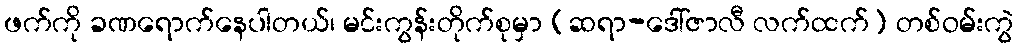
ဖက်ကို ခဏရောက်နေပါတယ်၊ မင်းကွန်းတိုက်စုမှာ (ဆရာ-ဒေါ်ဇာလီ လက်ထက်) တစ်ဝမ်းကွဲ